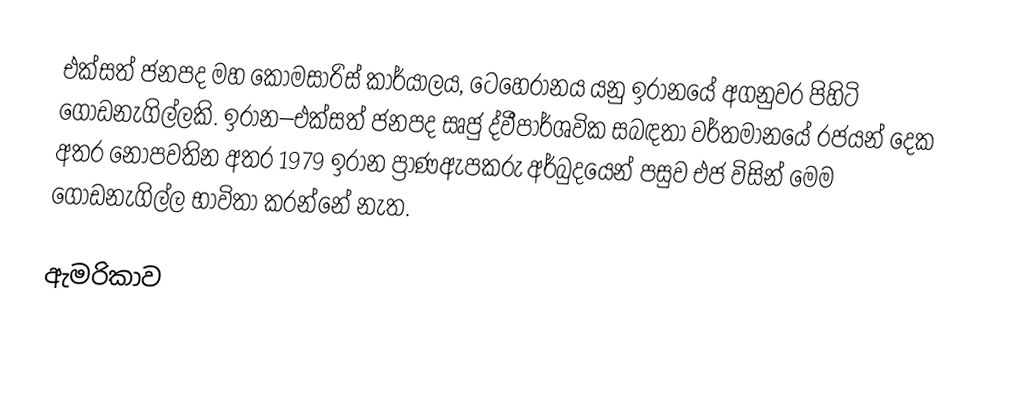
එක්සත් ජනපද මහ කොමසාරිස් කාර්යාලය, ටෙහෙරානය යනු ඉරානයේ අගනුවර පිහිටි ගොඩනැගිල්ලකි.   ඉරාන–එක්සත් ජනපද සෘජු ද්වීපාර්ශවික සබඳතා වර්තමානයේ රජයන් දෙක අතර නොපවතින අතර 1979  ඉරාන ප්‍රාණඇපකරු අර්බුදයෙන් පසුව එජ විසින් මෙම ගොඩනැගිල්ල භාවිතා කරන්නේ නැත.

ඇමරිකාව